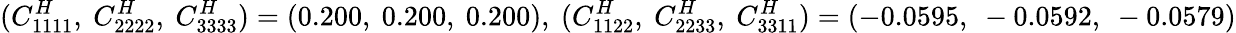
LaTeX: (C_{1111}^{H},~C_{2222}^{H},~C_{3333}^{H})=(0.200,~0.200,~0.200),~(C_{1122}^{H},~C_{2233}^{H},~C_{3311}^{H})=(-0.0595,~-0.0592,~-0.0579)